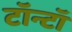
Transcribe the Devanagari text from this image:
टॉन्टॉ